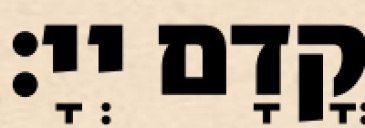
קֳדָם יְיָ׃